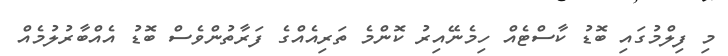
މި ފިލްމުގައި ބޮޑު ކާސްޓެއް ހިމެނޭއިރު ކޮންމެ ތަރިއެއްގެ ފަރާތުންވެސް ބޮޑު އެއްބާރުލުމެއް